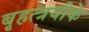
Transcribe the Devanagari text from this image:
बृहत्त्रयीके